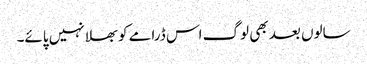
سالوں بعد بھی لوگ اس ڈرامے کو بھلا نہیں پائے۔